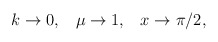
\begin{align*}k\rightarrow 0,\;\;\;\mu\rightarrow 1,\;\;\;x\rightarrow\pi/2,\end{align*}